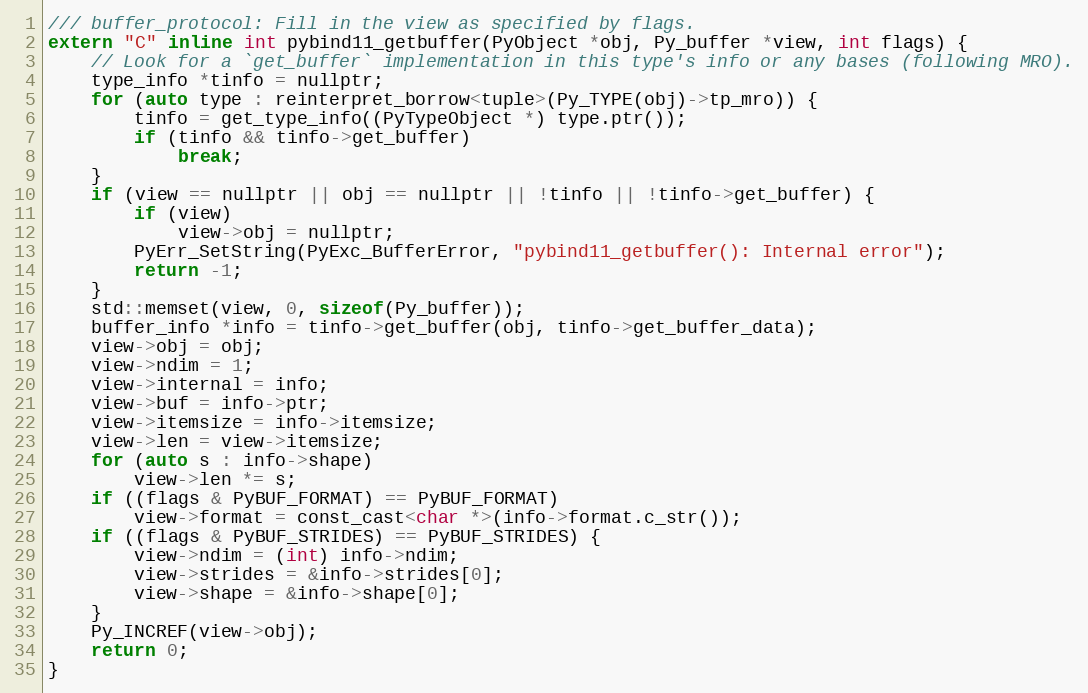
Language: C
/// buffer_protocol: Fill in the view as specified by flags.
extern "C" inline int pybind11_getbuffer(PyObject *obj, Py_buffer *view, int flags) {
    // Look for a `get_buffer` implementation in this type's info or any bases (following MRO).
    type_info *tinfo = nullptr;
    for (auto type : reinterpret_borrow<tuple>(Py_TYPE(obj)->tp_mro)) {
        tinfo = get_type_info((PyTypeObject *) type.ptr());
        if (tinfo && tinfo->get_buffer)
            break;
    }
    if (view == nullptr || obj == nullptr || !tinfo || !tinfo->get_buffer) {
        if (view)
            view->obj = nullptr;
        PyErr_SetString(PyExc_BufferError, "pybind11_getbuffer(): Internal error");
        return -1;
    }
    std::memset(view, 0, sizeof(Py_buffer));
    buffer_info *info = tinfo->get_buffer(obj, tinfo->get_buffer_data);
    view->obj = obj;
    view->ndim = 1;
    view->internal = info;
    view->buf = info->ptr;
    view->itemsize = info->itemsize;
    view->len = view->itemsize;
    for (auto s : info->shape)
        view->len *= s;
    if ((flags & PyBUF_FORMAT) == PyBUF_FORMAT)
        view->format = const_cast<char *>(info->format.c_str());
    if ((flags & PyBUF_STRIDES) == PyBUF_STRIDES) {
        view->ndim = (int) info->ndim;
        view->strides = &info->strides[0];
        view->shape = &info->shape[0];
    }
    Py_INCREF(view->obj);
    return 0;
}